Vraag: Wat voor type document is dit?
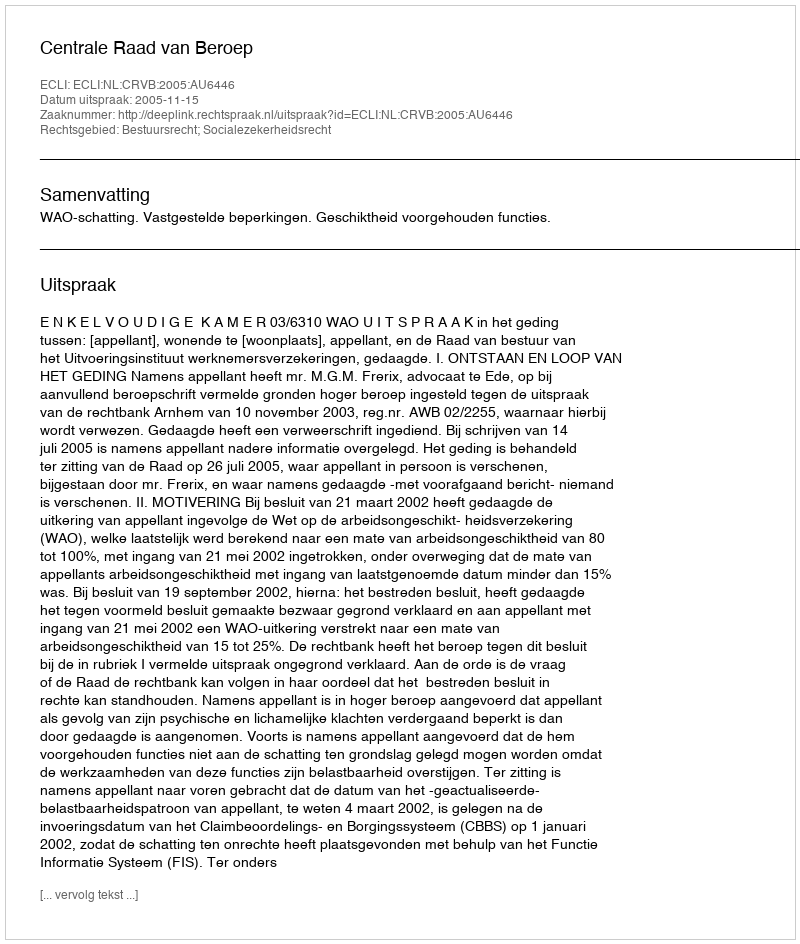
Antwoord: Uitspraak